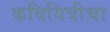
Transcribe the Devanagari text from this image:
कवियित्रीचा